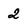
Character: 2